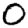
Digit: 0